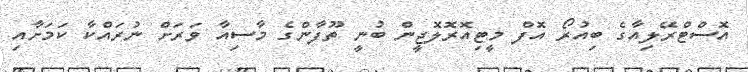
އޮސްޓްރޭލިއާގެ ބިއުރޯ އޮފް މީޓިއޮރޮލޮޖީން ބުނީ ތޫފާންގެ މާސިއާ ވަރަށް ނުރައްކާ ކަމަށާއި